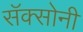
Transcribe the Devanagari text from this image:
सॅक्सोनी